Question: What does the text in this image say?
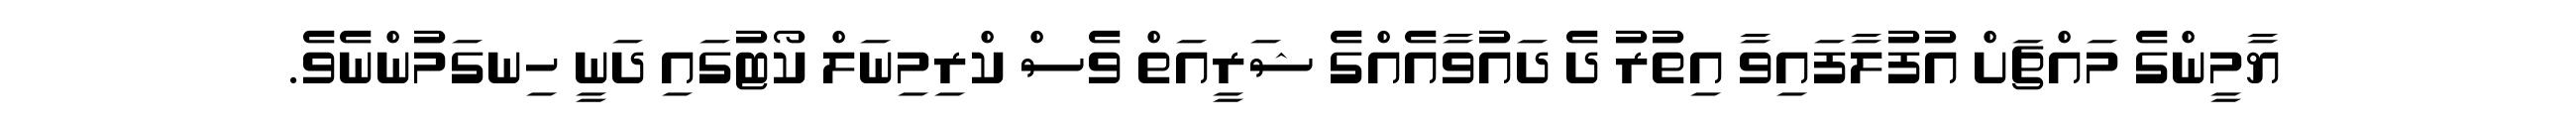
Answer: ޔާމީންގެ މައްޗަށް އުފުލާފައިވާ އިތުރު ދެ ދައުވާއެއްގެ ޝަރީއަތް ވެސް ކްރިމިނަލް ކޯޓުގައި ދަނީ ހިނގަމުންނެވެ.